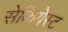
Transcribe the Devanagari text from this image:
सेकियेस्ट